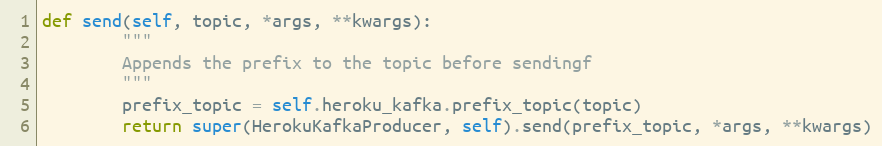
Language: Python
def send(self, topic, *args, **kwargs):
        """
        Appends the prefix to the topic before sendingf
        """
        prefix_topic = self.heroku_kafka.prefix_topic(topic)
        return super(HerokuKafkaProducer, self).send(prefix_topic, *args, **kwargs)